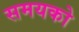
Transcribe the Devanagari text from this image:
समयको